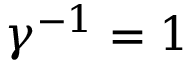
\gamma ^ { - 1 } = 1